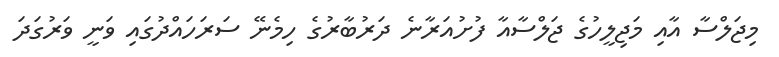
މިޖަލްސާ އާއި މަޖިލީހުގެ ޖަލްސާއާ ފުށުއަރާނެ ދަރުބާރުގެ ހިމެނޭ ސަރަހައްދުގައި ވަނީ ވަރުގަދަ